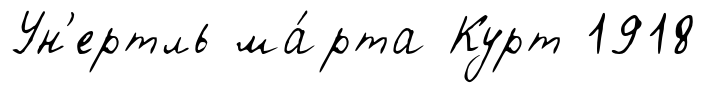
Ун'ертль ма́рта Курт 1918